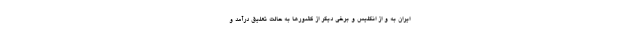
ایران به و از انگلیس و برخی دیگر از کشورها به حالت تعلیق درآمد و